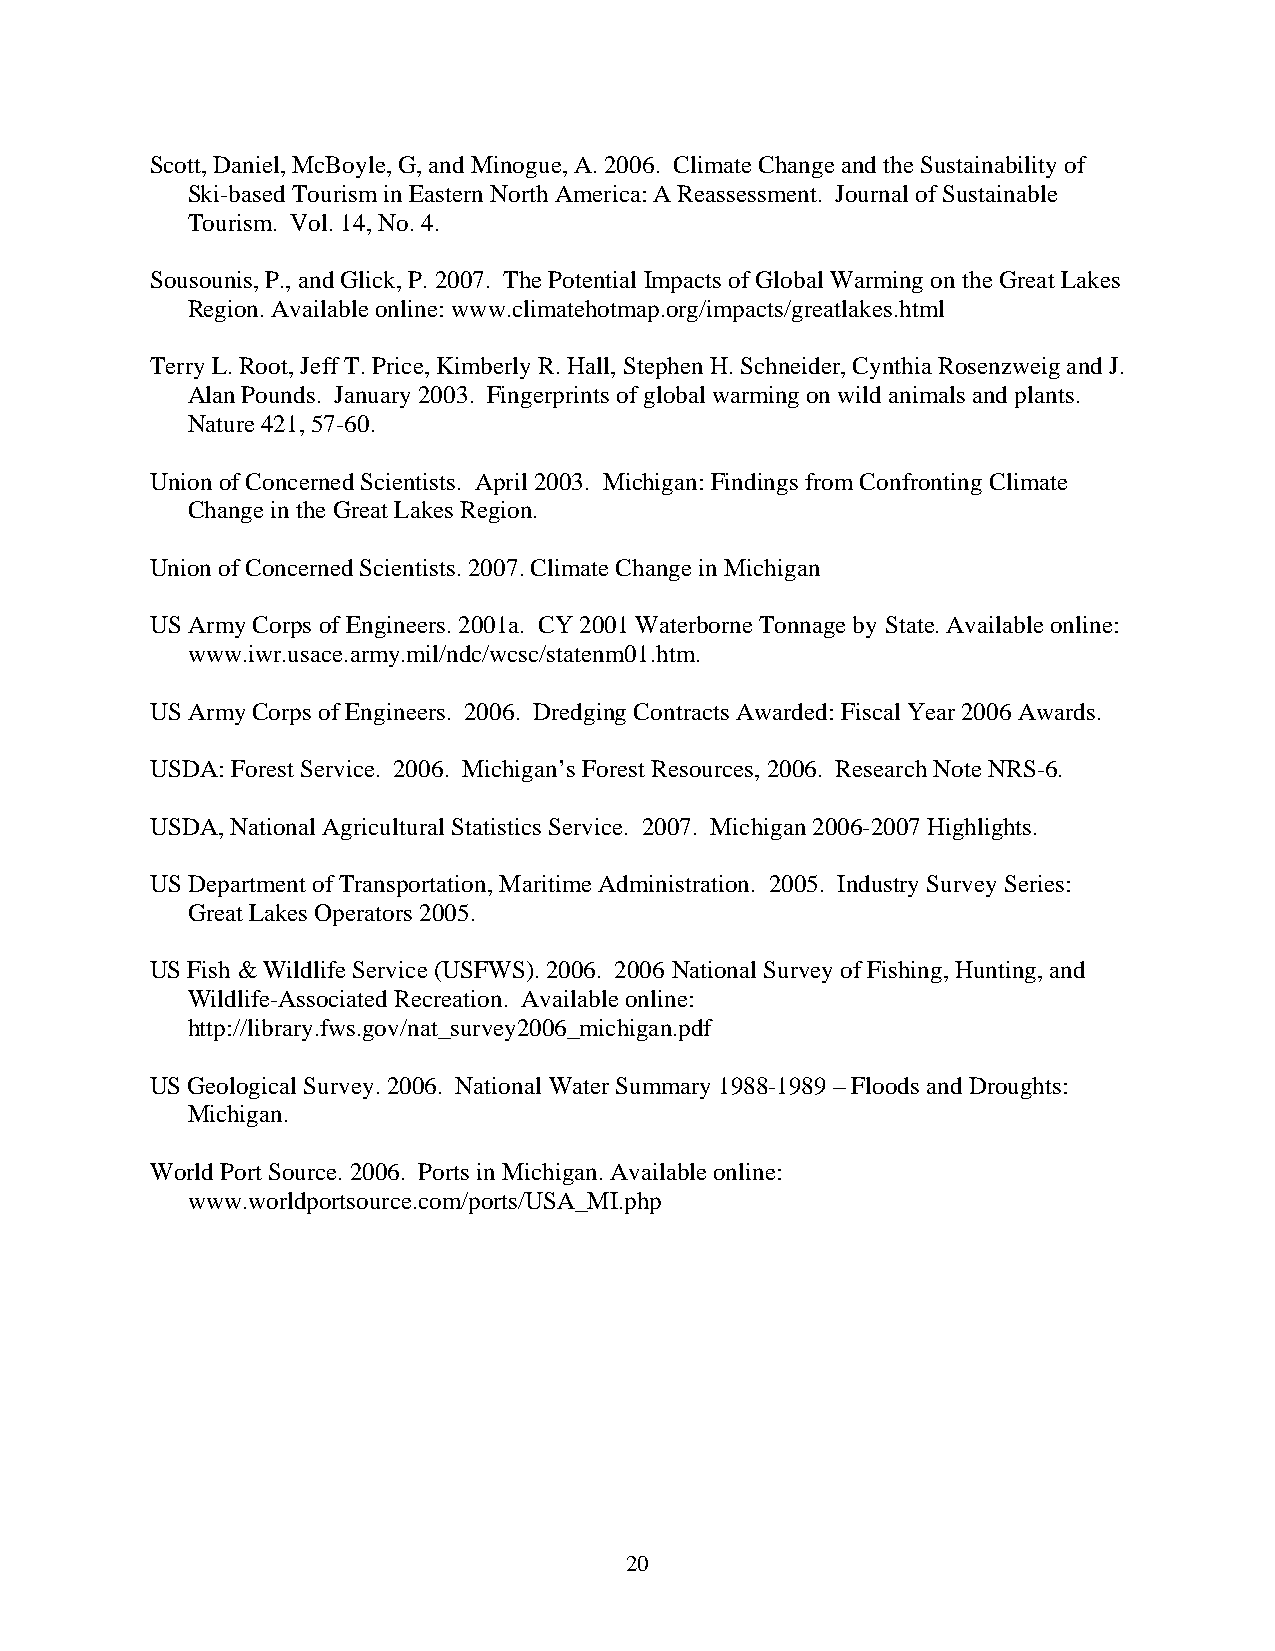
Scott, Daniel, McBoyle, G, and Minogue, A. 2006. Climate Change and the Sustainability of
 Ski-based Tourism in Eastern North America: A Reassessment. Journal of Sustainable
 Tourism. Vol. 14, No. 4.
 Sousounis, P., and Glick, P. 2007. The Potential Impacts of Global Warming on the Great Lakes
 Region. Available online: www.climatehotmap.org/impacts/greatlakes.html
 Terry L. Root, Jeff T. Price, Kimberly R. Hall, Stephen H. Schneider, Cynthia Rosenzweig and J.
 Alan Pounds. January 2003. Fingerprints of global warming on wild animals and plants.
 Nature 421, 57-60.
 Union of Concerned Scientists. April 2003. Michigan: Findings from Confronting Climate
 Change in the Great Lakes Region.
 Union of Concerned Scientists. 2007. Climate Change in Michigan
 US Army Corps of Engineers. 2001a. CY 2001 Waterborne Tonnage by State. Available online:
 www.iwr.usace.army.mil/ndc/wcsc/statenm01.htm.
 US Army Corps of Engineers. 2006. Dredging Contracts Awarded: Fiscal Year 2006 Awards.
 USDA: Forest Service. 2006. Michigan’s Forest Resources, 2006. Research Note NRS-6.
 USDA, National Agricultural Statistics Service. 2007. Michigan 2006-2007 Highlights.
 US Department of Transportation, Maritime Administration. 2005. Industry Survey Series:
 Great Lakes Operators 2005.
 US Fish & Wildlife Service (USFWS). 2006. 2006 National Survey of Fishing, Hunting, and
 Wildlife-Associated Recreation. Available online:
 http://library.fws.gov/nat_survey2006_michigan.pdf
 US Geological Survey. 2006. National Water Summary 1988-1989 – Floods and Droughts:
 Michigan.
 World Port Source. 2006. Ports in Michigan. Available online:
 www.worldportsource.com/ports/USA_MI.php
 20